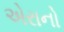
એરાનો